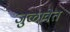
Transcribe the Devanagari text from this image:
जुळावेत